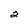
Character: 2